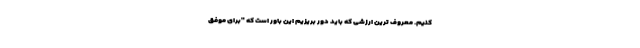
کنیم. معروف ترین ارزشی که باید دور بریزیم این باور است که "برای موفق